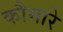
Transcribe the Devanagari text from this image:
कौमारे